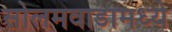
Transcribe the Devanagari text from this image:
सोलमवाडामध्ये